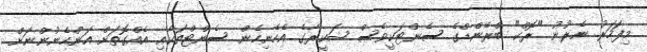
މިފަހަރު ނެރުނު "ރޮކް" ބްރޭންޑްގެ ސެންޓަކީވެސް ޝަކީރާގެ އެހެނިހެން ސެންޓްތަކާއި އެއްގޮތަށް އަންހެނުންނަށް